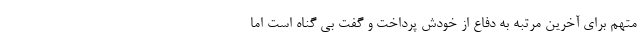
متهم برای آخرین مرتبه به دفاع از خودش پرداخت و گفت بی گناه است اما